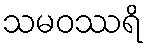
သမဝဿရိ